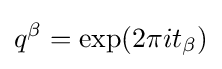
q^{\beta }=\exp(2\pi it_{\beta })